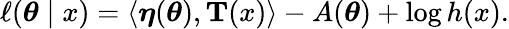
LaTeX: \ell({\boldsymbol{\theta}}\mid x)=\langle{\boldsymbol{\eta}}({\boldsymbol{\theta}}),\mathbf{T}(x)\rangle-A({\boldsymbol{\theta}})+\log h(x).